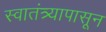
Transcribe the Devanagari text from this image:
स्वातंत्र्यापासून